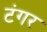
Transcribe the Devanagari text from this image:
टंगर